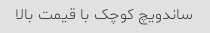
ساندویچ کوچک با قیمت بالا